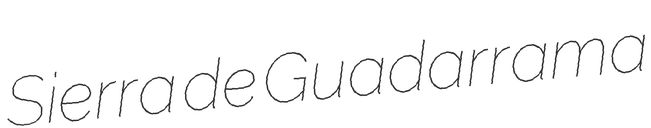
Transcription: Sierra de Guadarrama